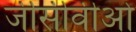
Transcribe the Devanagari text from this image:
जीसीवीओ